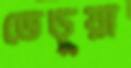
ভেড়ুয়া